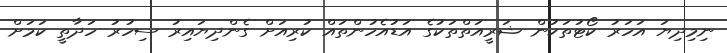
ނިމިދިޔަ އަހަރު ކޯޓުތަކުން ޝަރީއަތްތަކުގެ އަޑުއެހުންތައް ކުރިއަށް ގެންދިޔައިރު ސިހުރު ހަދާތީ ކަމަށް